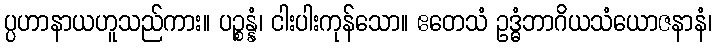
ပ္ပဟာနာယဟူသည်ကား။ ပဉ္စန္နံ၊ ငါးပါးကုန်သော။ ဧတေသံ ဥဒ္ဓံဘာဂိယသံယောဇနာနံ၊